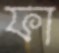
ফা